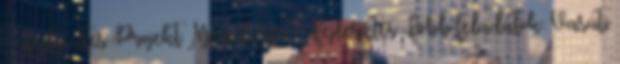
- Fejlesztés Projekt Menedzser - Fejlesztés Főbb feladatok: Vasúti